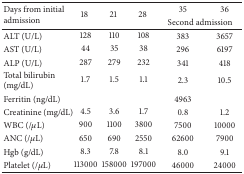
<table><thead><tr><td rowspan="2"><b>Days from initial admission</b></td><td rowspan="2"><b>18 </b></td><td rowspan="2"><b>21 </b></td><td rowspan="2"><b>28 </b></td><td><b>35 </b></td><td><b>36</b></td></tr><tr><td colspan="2"><b>Second admission</b></td></tr></thead><tbody><tr><td>ALT (U/L)</td><td>128</td><td>110</td><td>108</td><td>383</td><td>3657</td></tr><tr><td>AST (U/L)</td><td>44</td><td>35</td><td>38</td><td>296</td><td>6197</td></tr><tr><td>ALP (U/L)</td><td>287</td><td>279</td><td>232</td><td>341</td><td>418</td></tr><tr><td>Total bilirubin (mg/dL)</td><td>1.7</td><td>1.5</td><td>1.1</td><td>2.3</td><td>10.5</td></tr><tr><td>Ferritin (ng/dL)</td><td>[EMPTY_CELL]</td><td>[EMPTY_CELL]</td><td>[EMPTY_CELL]</td><td>4963</td><td>[EMPTY_CELL]</td></tr><tr><td>Creatinine (mg/dL)</td><td>4.5</td><td>3.6</td><td>1.7</td><td>0.8</td><td>1.2</td></tr><tr><td>WBC (/<i>μ</i>L)</td><td>900</td><td>1100</td><td>3800</td><td>7500</td><td>10000</td></tr><tr><td>ANC (/<i>μ</i>L)</td><td>650</td><td>690</td><td>2550</td><td>62600</td><td>7900</td></tr><tr><td>Hgb (g/dL)</td><td>8.3</td><td>7.8</td><td>8.1</td><td>8.0</td><td>9.1</td></tr><tr><td>Platelet (/<i>μ</i>L)</td><td>113000</td><td>158000</td><td>197000</td><td>46000</td><td>24000</td></tr></tbody></table>